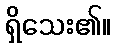
ရှိသေး၏။